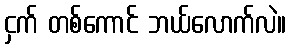
ငှက် တစ်ကောင် ဘယ်လောက်လဲ။